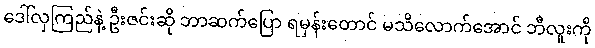
ဒေါ်လှကြည်နဲ့ ဦးဇင်းဆို ဘာဆက်ပြော ရမှန်းတောင် မသိလောက်အောင် ဘီလူးကို